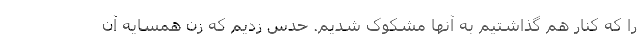
را که کنار هم گذاشتیم به آنها مشکوک شدیم. حدس زدیم که زن همسایه آن